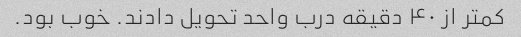
کمتر از ۴۰ دقیقه درب واحد تحویل دادند. خوب بود.